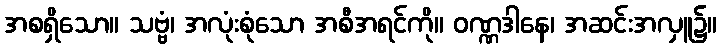
အစရှိသော။ သဗ္ဗံ၊ အလုံးစုံသော အစီအရင်ကို။ ဝဏ္ဏဒါနေ၊ အဆင်းအလှူ၌။